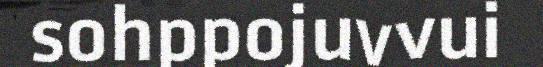
sohppojuvvui